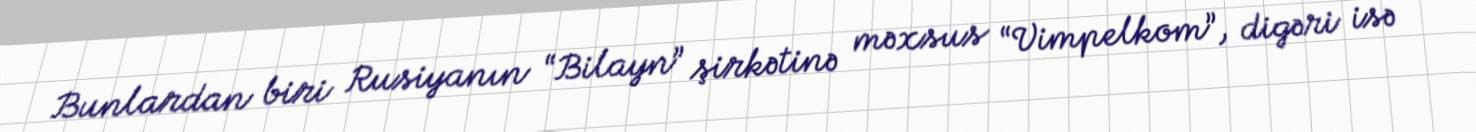
Bunlardan biri Rusiyanın “Bilayn” şirkətinə məxsus “Vimpelkom”, digəri isə